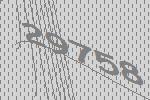
29758